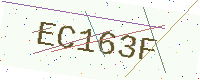
Text: EC163F